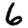
Digit: 6